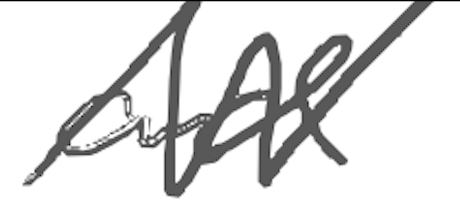
Text: and
Cross-out: mix
Writing tool: digital_gray